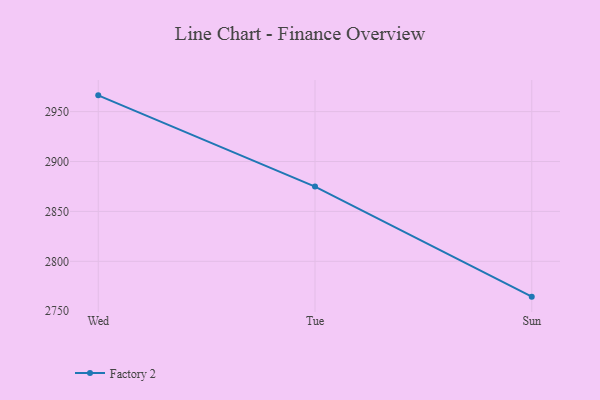
{"axis": {"x": "Day", "y": "Satisfaction Score"}, "legend": ["Factory 2"], "data": [{"x": "Wed", "y": 2966.3, "type": "Factory 2"}, {"x": "Tue", "y": 2874.9, "type": "Factory 2"}, {"x": "Sun", "y": 2764.6, "type": "Factory 2"}]}